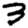
Digit: 3